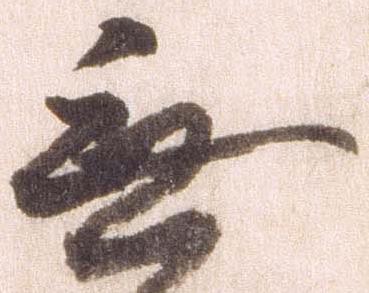
無